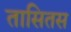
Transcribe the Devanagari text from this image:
तासितस